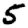
Digit: 5